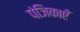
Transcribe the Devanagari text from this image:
पंजिकाएँ